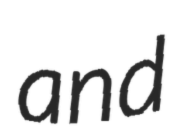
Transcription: and